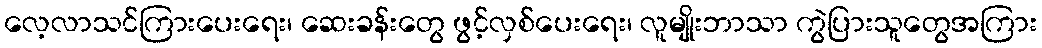
လေ့လာသင်ကြားပေးရေး၊ ဆေးခန်းတွေ ဖွင့်လှစ်ပေးရေး၊ လူမျိုးဘာသာ ကွဲပြားသူတွေအကြား